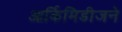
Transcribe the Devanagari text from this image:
आर्किमिडीजने